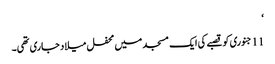
‘
11 جنوری کو قصبے کی ایک مسجد میں محفل میلاد جاری تھی۔